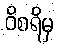
ဝိစရိမှ